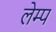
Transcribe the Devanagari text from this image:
लेम्प